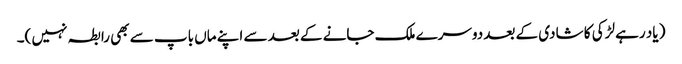
( یاد رہے لڑکی کا شادی کے بعد دوسرے ملک جانے کے بعد سے اپنے ماں باپ سے بھی رابطہ نہیں )۔